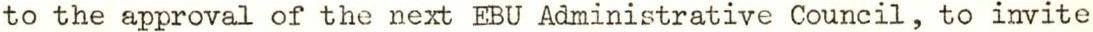
to the approval of the next EBU Administrative Council, to invite